65_HS1-834228961_62-HQ-83894_Section_5
Agency: FBI
Page 3
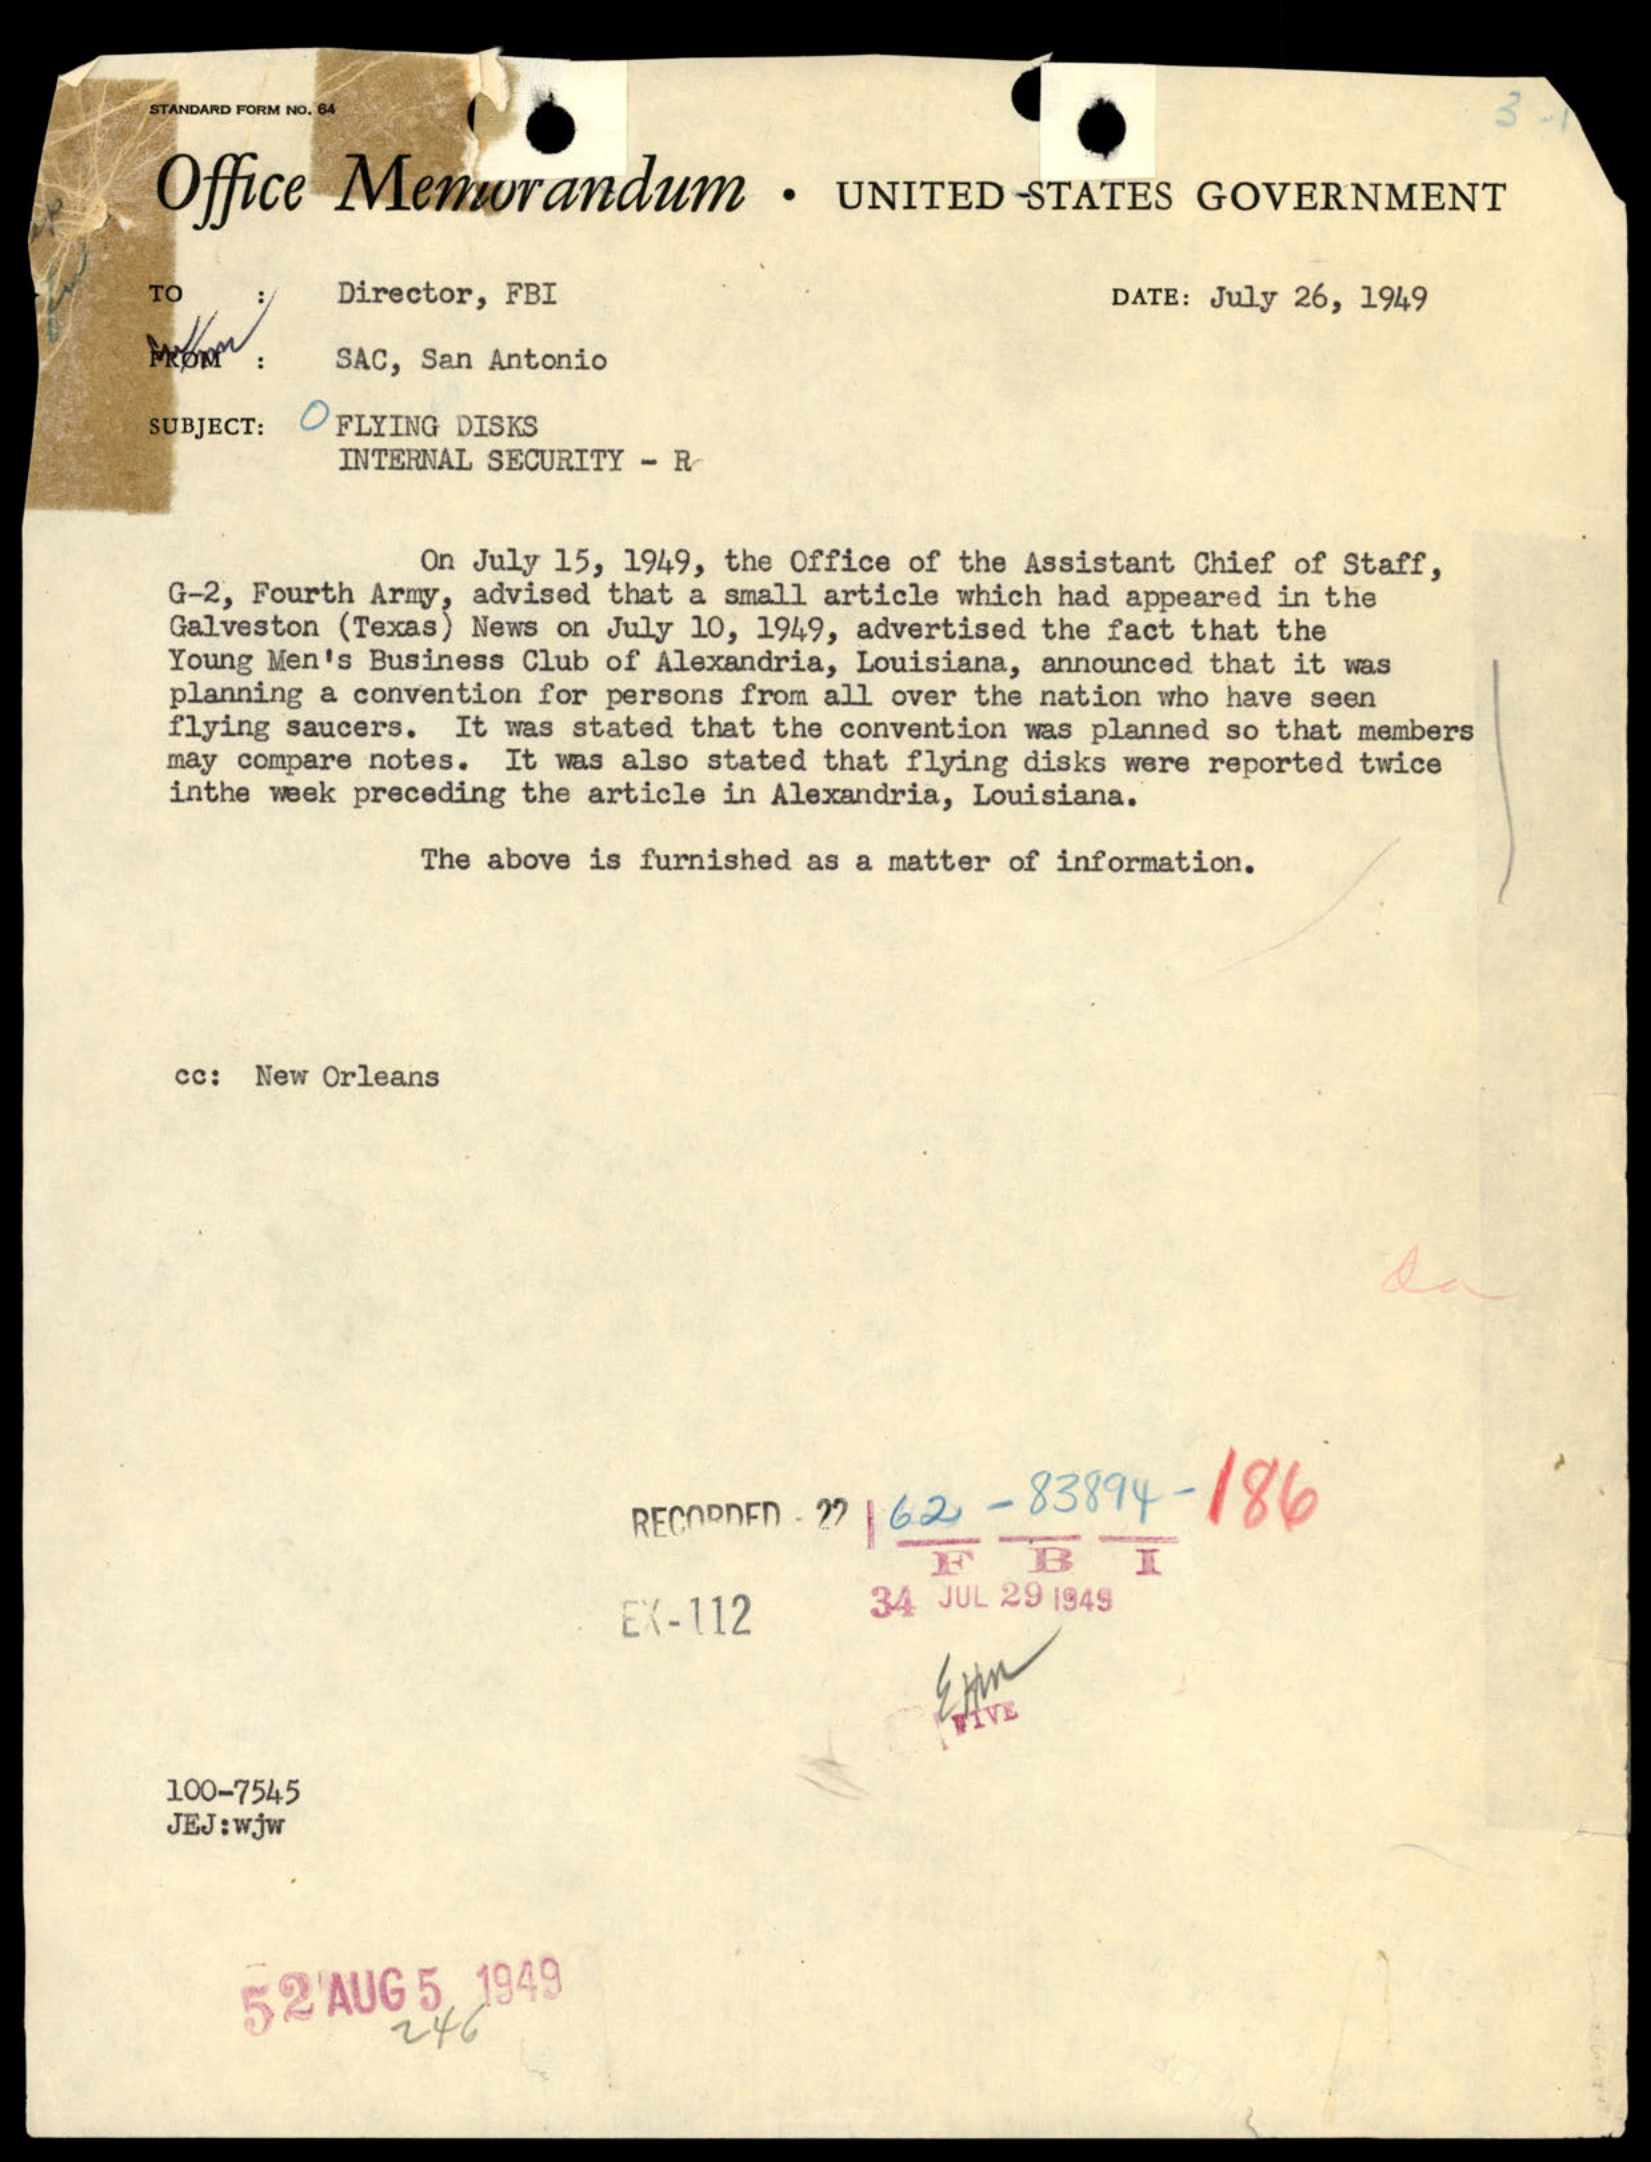